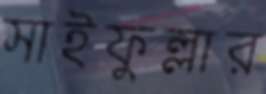
সাইফুল্লার